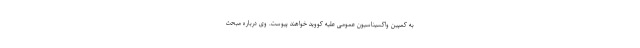
به کمپین واکسیناسیون عمومی علیه کووید خواهند پیوست. وی درباره مبحث